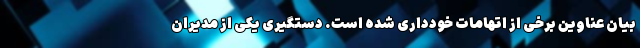
بیان عناوین برخی از اتهامات خودداری شده است. دستگیری یکی از مدیران